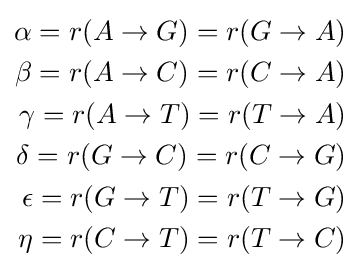
{\begin{aligned}\alpha =r(A\rightarrow G)=r(G\rightarrow A)\\\beta =r(A\rightarrow C)=r(C\rightarrow A)\\\gamma =r(A\rightarrow T)=r(T\rightarrow A)\\\delta =r(G\rightarrow C)=r(C\rightarrow G)\\\epsilon =r(G\rightarrow T)=r(T\rightarrow G)\\\eta =r(C\rightarrow T)=r(T\rightarrow C)\end{aligned}}